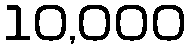
10,000